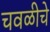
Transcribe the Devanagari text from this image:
चवळीचे